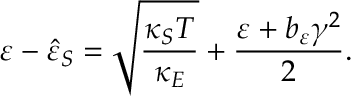
\varepsilon - \hat { \varepsilon } _ { S } = \sqrt { \frac { \kappa _ { S } T } { \kappa _ { E } } } + \frac { \varepsilon + b _ { \varepsilon } \gamma ^ { 2 } } { 2 } .